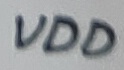
Text: VDD